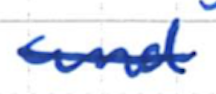
Text: and
Cross-out: mix
Writing tool: ballpoint